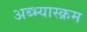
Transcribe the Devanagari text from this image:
अब्भ्यास्क्रम